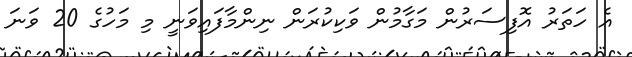
އެ ހަތަރު އޮފިސަރުން މަގާމުން ވަކިކުރަން ނިންމާފައިވަނީ މި މަހުގެ 20 ވަނަ